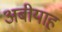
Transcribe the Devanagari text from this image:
अबीयाह